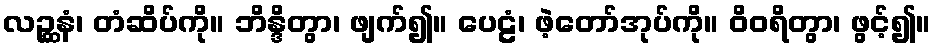
လဉ္ဆနံ၊ တံဆိပ်ကို။ ဘိန္ဒိတွာ၊ ဖျက်၍။ ပေဠံ၊ ဖဲ့တော်အုပ်ကို။ ဝိဝရိတွာ၊ ဖွင့်၍။